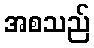
အစသည်